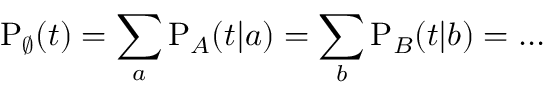
\mathrm { P } _ { \varnothing } ( t ) = \sum _ { a } \mathrm { P } _ { A } ( t | a ) = \sum _ { b } \mathrm { P } _ { B } ( t | b ) = \ldots